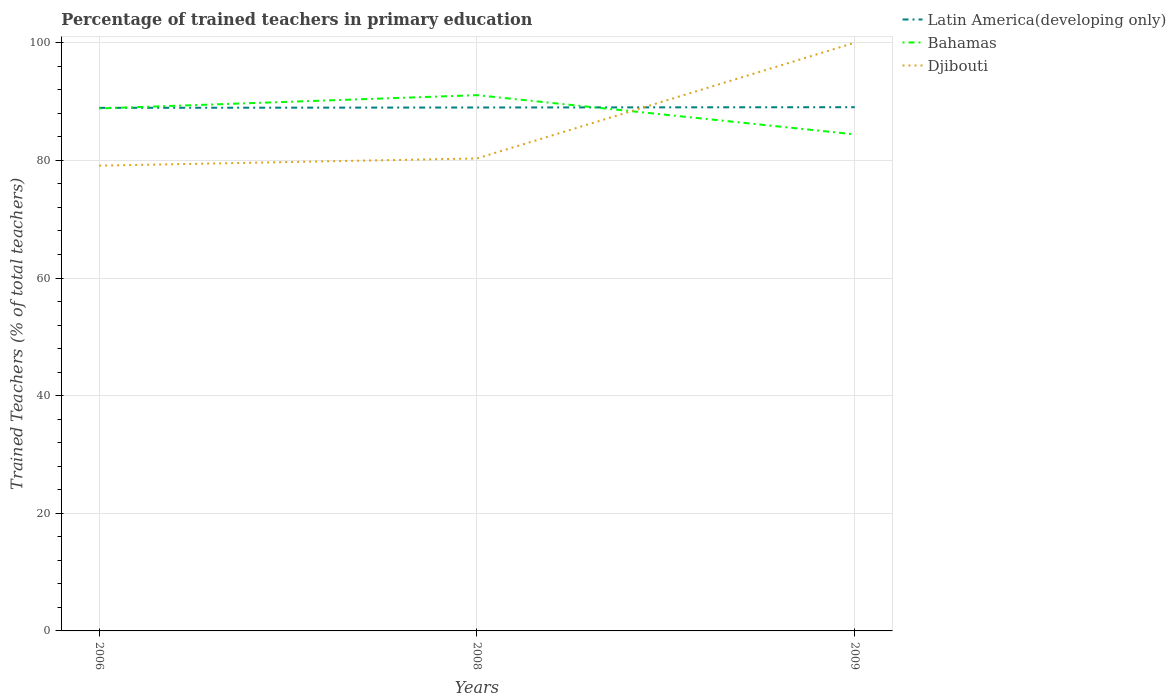
| Years | Latin America(developing only) | Bahamas | Djibouti |
 | --- | --- | --- | --- |
 | 2006 | 88.9 | 88.8 | 79.1 |
 | 2008 | 89 | 91.1 | 80.3 |
 | 2009 | 89 | 84.4 | 100 |